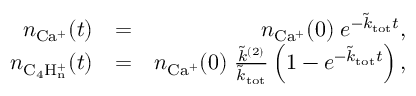
\begin{array} { r l r } { n _ { \mathrm { C a ^ { + } } } ( t ) } & { = } & { n _ { \mathrm { C a ^ { + } } } ( 0 ) \; e ^ { - \tilde { k } _ { \mathrm { t o t } } t } , } \\ { n _ { \mathrm { C _ { 4 } H _ { n } ^ { + } } } ( t ) } & { = } & { n _ { \mathrm { C a ^ { + } } } ( 0 ) \; \frac { \tilde { k } ^ { ( 2 ) } } { \tilde { k } _ { \mathrm { t o t } } } \left( 1 - e ^ { - \tilde { k } _ { \mathrm { t o t } } t } \right) , } \end{array}